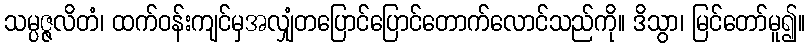
သမ္ပဇ္ဇလိတံ၊ ထက်ဝန်းကျင်မှအလျှံတပြောင်ပြောင်တောက်လောင်သည်ကို။ ဒိသွာ၊ မြင်တော်မူ၍။